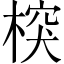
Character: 𣔻